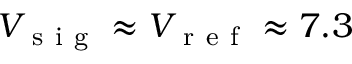
V _ { \mathrm { ~ s ~ i ~ g ~ } } \approx V _ { \mathrm { ~ r ~ e ~ f ~ } } \approx 7 . 3